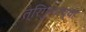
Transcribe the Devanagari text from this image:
त्रिगुणांच्या